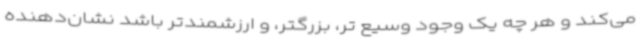
می‌کند و هر چه یک وجود وسیع تر، بزرگتر، و ارزشمندتر باشد نشان‌دهنده